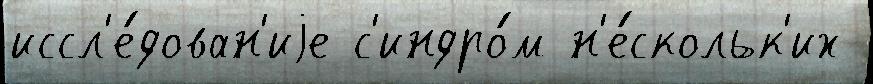
иссл'е́дован'иjе с'индро́м н'е́скольк'их